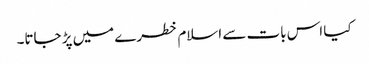
کیا اس بات سے اسلام خطرے میں پڑ جاتا۔